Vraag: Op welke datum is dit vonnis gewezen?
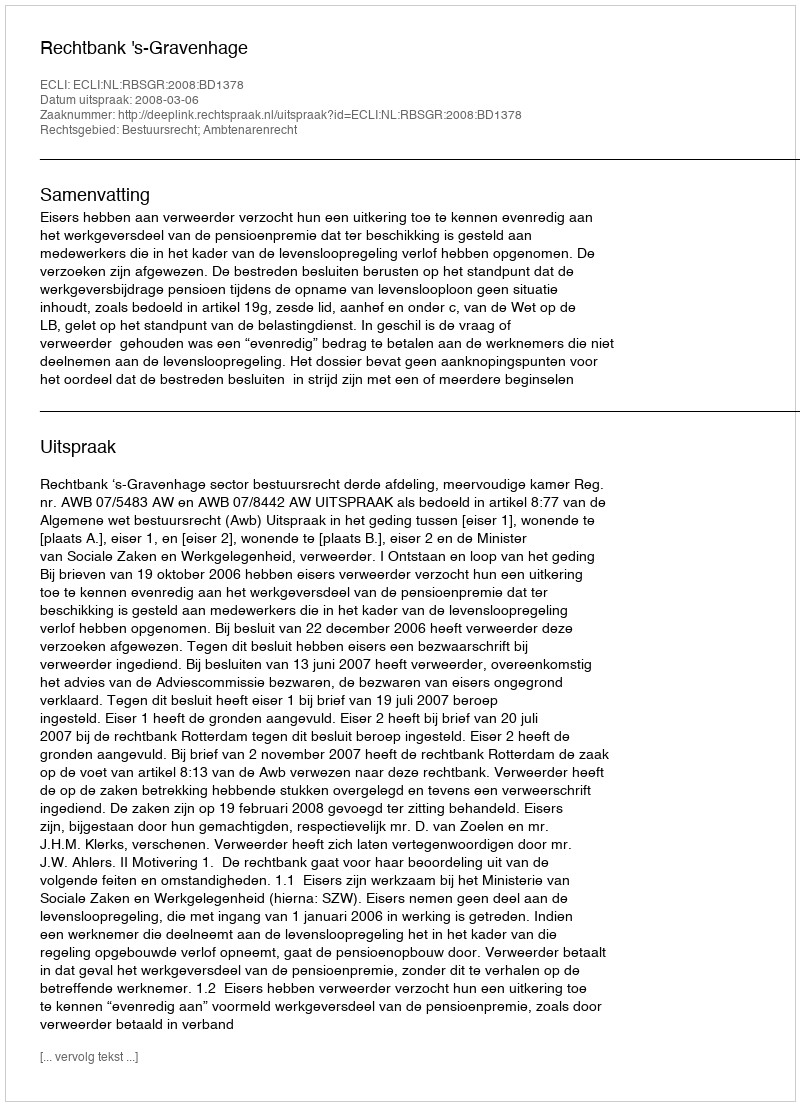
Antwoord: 2008-03-06